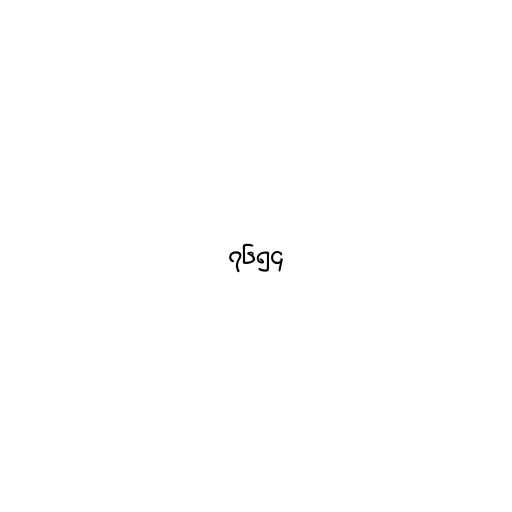
၇၆၅၄